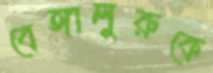
বেঙ্গালুরুকে